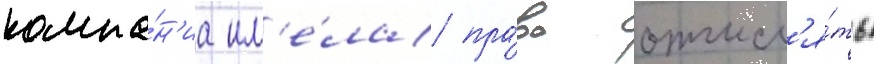
компа́н'иа им'е́ла пра́во отчисл'я́ть